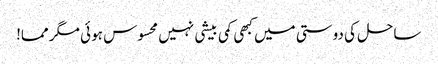
ساحل کی دوستی میں کبھی کمی بیشی نہیں محسوس ہو ئی مگر مما!